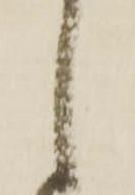
し